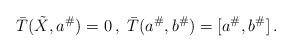
LaTeX: \begin{align*}\bar T(\tilde X,a^\#)=0\, , \ \bar T(a^\#,b^\#)=[a^\#,b^\#]\,.\end{align*}